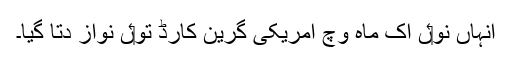
انہاں نو‏ں اک ماہ وچ امریکی گرین کارڈ تو‏ں نواز دتا گیا۔